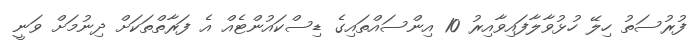
ފުރުސަތު ހިލޭ ހުޅުވާލާފައިވާއިރު 10 އިންސައްތައިގެ ޑިސްކައުންޓެއް އެ ފަރާތްތަކަށް ދިނުމަށް ވަނީ